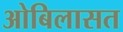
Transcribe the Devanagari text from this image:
ओबिलासत